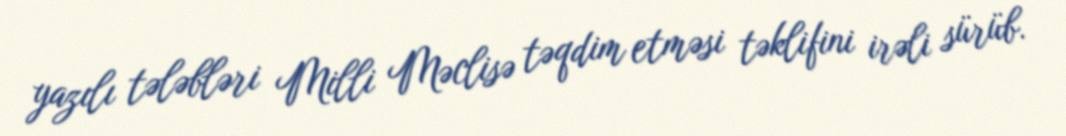
yazılı tələbləri Milli Məclisə təqdim etməsi təklifini irəli sürüb.